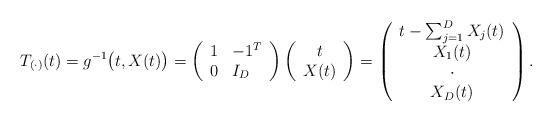
LaTeX: \begin{align*}T_{(\cdot)}(t) = g^{-1}\bigl(t, X(t)\bigr) = \begin{pmatrix}\begin{array}{l l}1 & -1^T\\ 0 & I_D \end{array}\end{pmatrix} \begin{pmatrix}\begin{array}{c}t\\ X(t) \end{array}\end{pmatrix} = \begin{pmatrix}\begin{array}{c}t-\sum_{j=1}^D X_j(t)\\ X_1(t)\\ \cdot \\ X_D(t) \end{array}\end{pmatrix}.\end{align*}